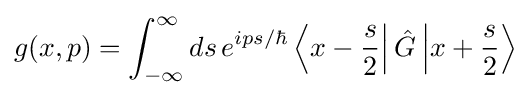
g(x,p)=\int _{-\infty }^{\infty }ds\,e^{ips/\hbar }\left\langle x-{\frac {s}{2}}\right|{\hat {G}}\left|x+{\frac {s}{2}}\right\rangle